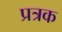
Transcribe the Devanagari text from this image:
प्रत्रक